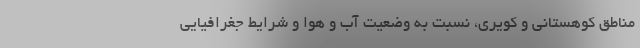
مناطق کوهستانی و کویری، نسبت به وضعیت آب و هوا و شرایط جغرافیایی